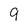
Character: 9